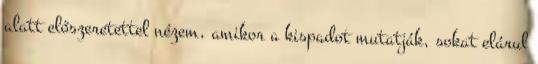
alatt előszeretettel nézem, amikor a kispadot mutatják, sokat elárul